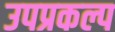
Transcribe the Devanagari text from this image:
उपप्रकल्प